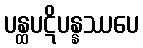
ပန္ထပဋိပန္နဿပေ